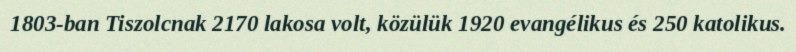
1803-ban Tiszolcnak 2170 lakosa volt, közülük 1920 evangélikus és 250 katolikus.